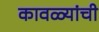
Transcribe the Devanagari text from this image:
कावळ्यांची